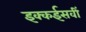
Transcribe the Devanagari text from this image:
इक्कईसवीं